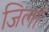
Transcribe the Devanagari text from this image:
जिलॉ